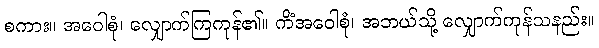
စကား။ အဝေါစုံ၊ လျှောက်ကြကုန်၏။ ကိံအဝေါစုံ၊ အဘယ်သို့ လျှောက်ကုန်သနည်း။